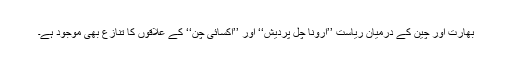
بھارت اور چین کے درمیان ریاست ’’اُرونا چل پردیش‘‘ اور ’’آکسائی چن‘‘ کے علاقوں کا تنازع بھی موجود ہے۔